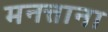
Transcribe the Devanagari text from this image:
मनत्ताना